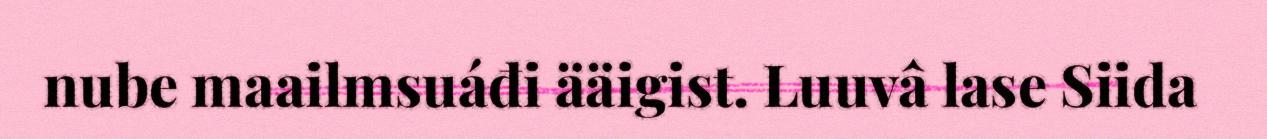
nube maailmsuáđi ääigist. Luuvâ lase Siida